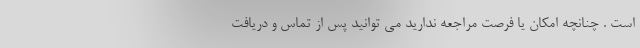
است . چنانچه امکان یا فرصت مراجعه ندارید می توانید پس از تماس و دریافت